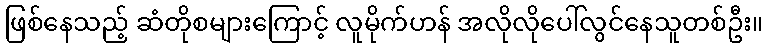
ဖြစ်နေသည့် ဆံတိုစများကြောင့် လူမိုက်ဟန် အလိုလိုပေါ်လွင်နေသူတစ်ဦး။